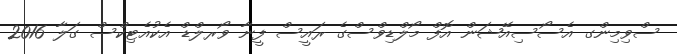
ސްވިމިންގ އެސޯސިއޭޝަން އޮފް މޯލްޑިވްސްގެ ރައީސް ފީނާ ވޯރލްޑް އެކުއެޓިކްސް ގަލާ 2016